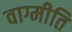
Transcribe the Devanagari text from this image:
वाग्मीति